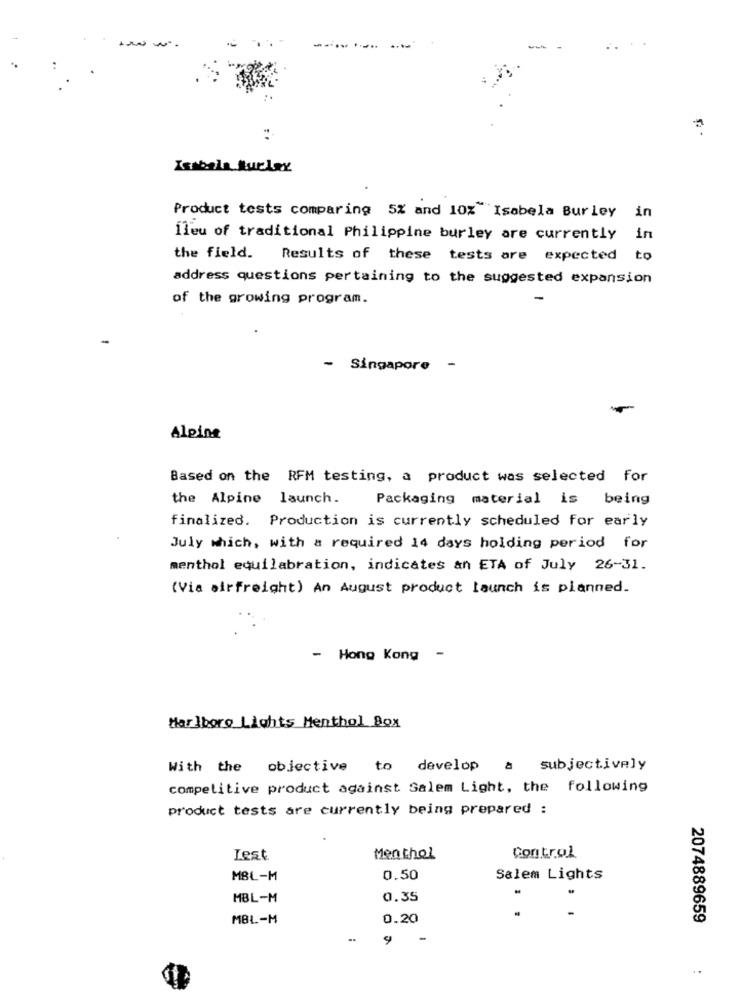
Isabela turlex
Product tests comparing 5% and 10% Isabela Burley
in
ileu of traditional Philippine burley are currently
in
the field.
Results of these tests are expected to
address questions pertaining to the suggested expansion
of the growing program.
- Singapore -
Alpine
Based on the RFM testing, a product was selected for
the Alpine launch.
Packaging material is being
finalized. Production is currently scheduled for early
July which, with a required 14 days holding period for
menthol equilabration, indicates an ETA of July 26-31.
(Via airfreight) An August product launch is planned.
- Hong Kong
-
Marlboro Lights Menthol Box
With the objective to develop a subjectively
competitive product against Salem Light, the following
product tests are currently being prepared :
Lest
Menthol
Control
MBL-M
0.50
Salem Lights
MBL-M
0.35
MBL-M
0.20
2074889659
..
9
..